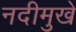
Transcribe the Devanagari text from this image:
नदीमुखे